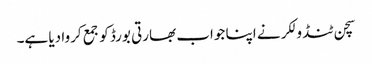
سچن ٹنڈولکر نے اپنا جواب بھارتی بورڈ کو جمع کروا دیا ہے۔